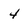
Character: 4